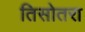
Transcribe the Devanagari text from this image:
तिसोतरा